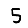
Digit: 5